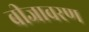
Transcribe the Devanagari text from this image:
बीजावरण